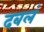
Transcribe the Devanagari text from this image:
दबलं